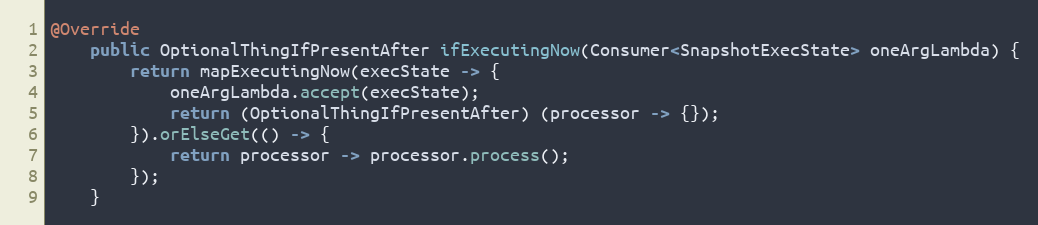
Language: Java
@Override
    public OptionalThingIfPresentAfter ifExecutingNow(Consumer<SnapshotExecState> oneArgLambda) {
        return mapExecutingNow(execState -> {
            oneArgLambda.accept(execState);
            return (OptionalThingIfPresentAfter) (processor -> {});
        }).orElseGet(() -> {
            return processor -> processor.process();
        });
    }